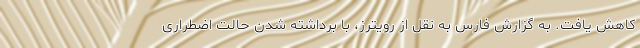
کاهش یافت. به گزارش فارس به نقل از رویترز، با برداشته شدن حالت اضطراری